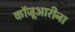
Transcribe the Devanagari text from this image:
कॉजूआरीना